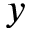
y